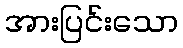
အားပြင်းသော